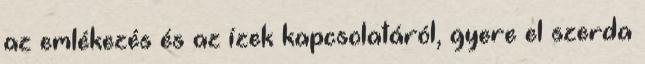
az emlékezés és az ízek kapcsolatáról, gyere el szerda